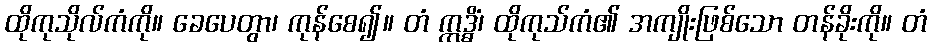
ထိုကုသိုလ်ကံကို။ ခေပေတွာ၊ ကုန်စေ၍။ တံ ဣဒ္ဓိံ၊ ထိုကုသ်ကံ၏ အကျိုးဖြစ်သော တန်ခိုးကို။ တံ